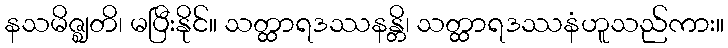
နသမိဇ္ဈတိ၊ မပြီးနိုင်။ သတ္ထာရဒဿနန္တိ၊ သတ္ထာရဒဿနံဟူသည်ကား။